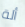
ألة